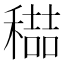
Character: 𮃭